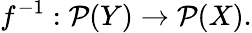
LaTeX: f^{-1}:{\mathcal{P}}(Y)\to{\mathcal{P}}(X).